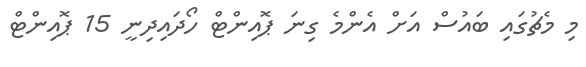
މި މެޗުގައި ބައުސް އަށް އެންމެ ގިނަ ޕޮއިންޓް ހޯދައިދިނީ 15 ޕޮއިންޓް